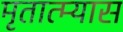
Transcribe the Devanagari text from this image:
मृतात्म्यास